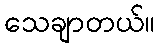
သေချာတယ်။